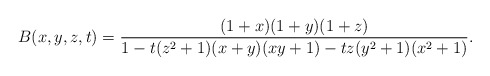
\begin{align*} B(x,y,z,t) =\frac{(1+x)(1+y)(1+z)}{1-t(z^2+1)(x+y)(xy+1)-tz(y^2+1)(x^2+1)}.\end{align*}